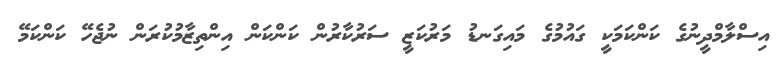
އިސްލާމްދީނުގެ ކަންކަމަކީ ގައުމުގެ މައިގަނޑު މަރުކަޒީ ސަރުކާރުން ކަންކަން އިންތިޒާމުކުރަން ނުޖެހޭ ކަންކަމޭ